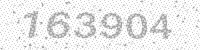
Solution: 163904